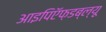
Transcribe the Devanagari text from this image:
आइपिऍफ़डब्ल्यू